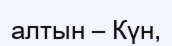
алтын – Күн,